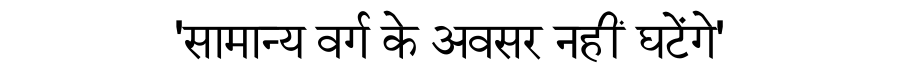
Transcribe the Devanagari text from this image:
'सामान्य वर्ग के अवसर नहीं घटेंगे'